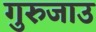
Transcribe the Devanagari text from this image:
गुरुजाउ